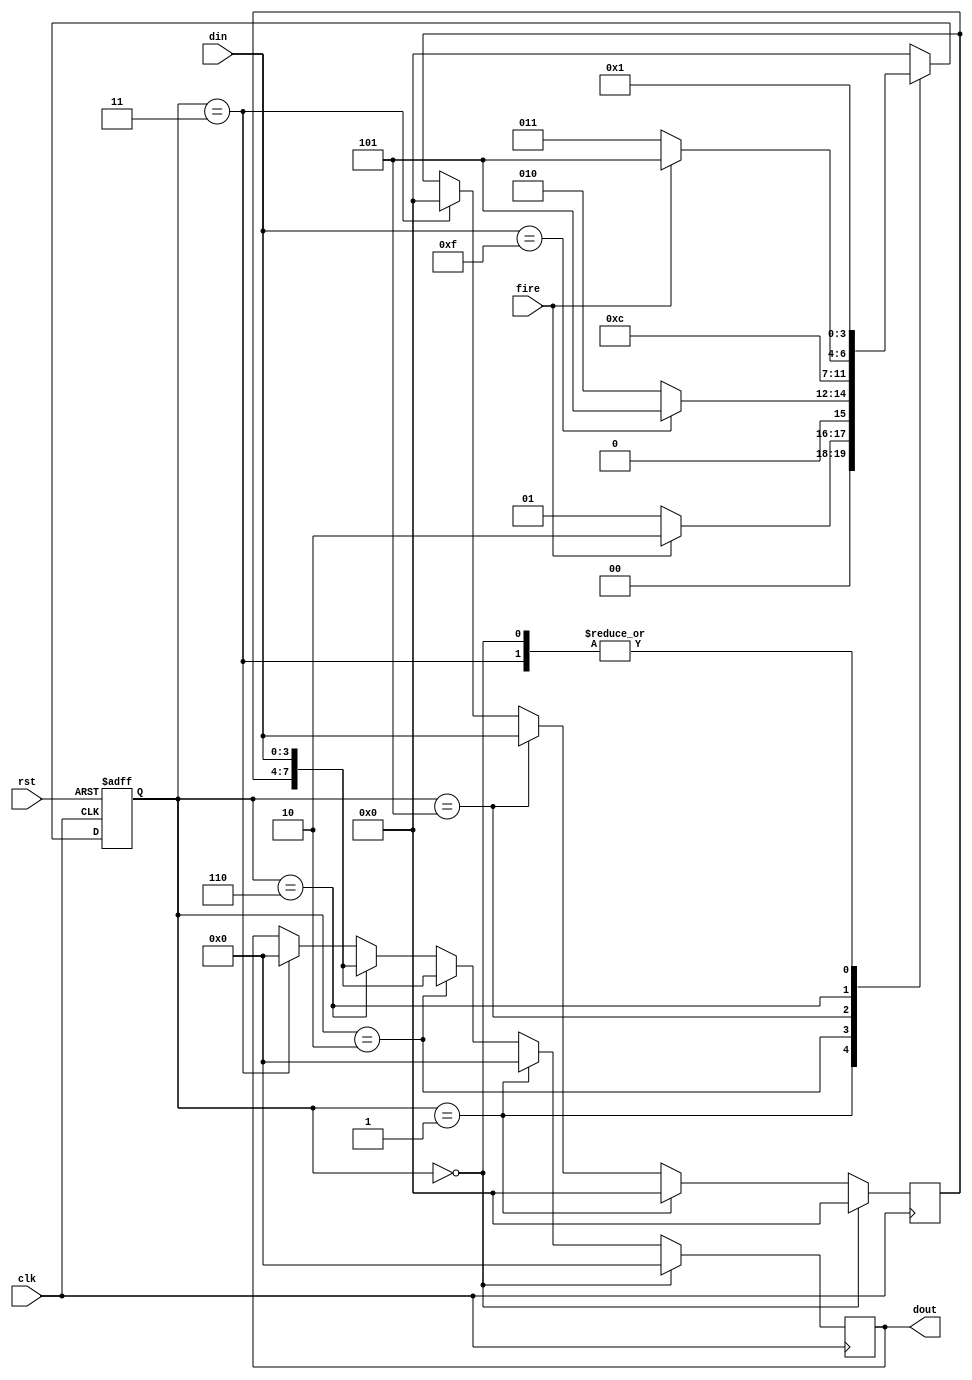
module com_rxf(
    input clk,
    input rst,

    input [3:0] din,
    input fire,
    output reg [7:0] dout
);

    localparam SYNC_DATA = 8'h0F;

    reg [3:0] state, next_state;
    localparam IDLE = 4'h0, WAIT = 4'h1, WORK = 4'h2, DONE = 4'h3;
    localparam R0 = 4'h5, R1 = 4'h6;

    reg [3:0] tmp_rxd;

    always@(posedge clk or posedge rst) begin
        if(rst) state <= IDLE;
        else state <= next_state;
    end

    always@(*) begin
        case(state)
            IDLE: next_state <= WAIT;
            WAIT: begin
                if(fire) next_state <= WORK;
                else next_state <= WAIT;
            end
            WORK: begin
                if(din == SYNC_DATA[3:0]) next_state <= R0;
                else next_state <= WORK;
            end
            R0: next_state <= R1;
            R1: begin
                if(~fire) next_state <= DONE;
                else next_state <= R0;
            end
            DONE: next_state <= WAIT;
            default: next_state <= IDLE;
        endcase
    end

    always@(posedge clk) begin
        if(state == IDLE) tmp_rxd <= 4'h0;
        else if(state == WAIT) tmp_rxd <= 4'h0; 
        else if(state == R0) tmp_rxd <= din;
        else if(state == DONE) tmp_rxd <= 4'h0;
        else tmp_rxd <=  tmp_rxd;
    end

    always@(posedge clk) begin
        if(state ==  IDLE) dout <= 8'h00;
        else if(state == WAIT) dout <= 8'h00;
        else if(state == WORK) dout <= {tmp_rxd, din};
        else if(state == R1)  dout <= {tmp_rxd, din};
        else if(state == DONE) dout <= 8'h00;
        else dout <= dout;
    end

endmodule